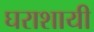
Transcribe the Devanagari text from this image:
घराशायी